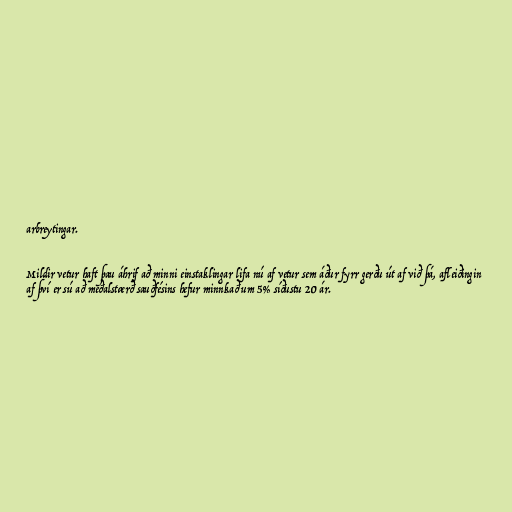
arbreytingar.

Mildir vetur haft þau áhrif að minni einstaklingar lifa nú af vetur sem áður fyrr gerðu út af við þá, afleiðingin
af því er sú að meðalstærð sauðfésins hefur minnkað um 5% síðustu 20 ár.